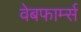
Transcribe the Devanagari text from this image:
वेबफार्म्स